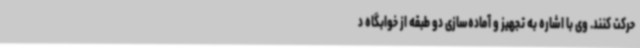
حرکت کنند. وی با اشاره به تجهیز و آماده‌سازی دو طبقه از خوابگاه د